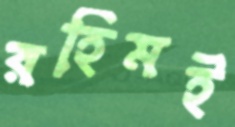
রহিমই